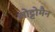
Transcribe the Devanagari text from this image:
ओट्टोमैन